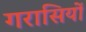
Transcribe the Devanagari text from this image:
गरासियों